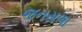
જનસભા